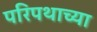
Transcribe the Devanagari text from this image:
परिपथाच्या